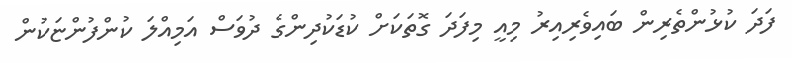
ފަދަ ކުޅުންތެރިން ބައިވެރިއިރު މިއީ މިފަދަ ގޮތަކަށް ކުޑަކުދިންގެ ދުވަސް އަމިއްލަ ކުންފުންޏަކުން